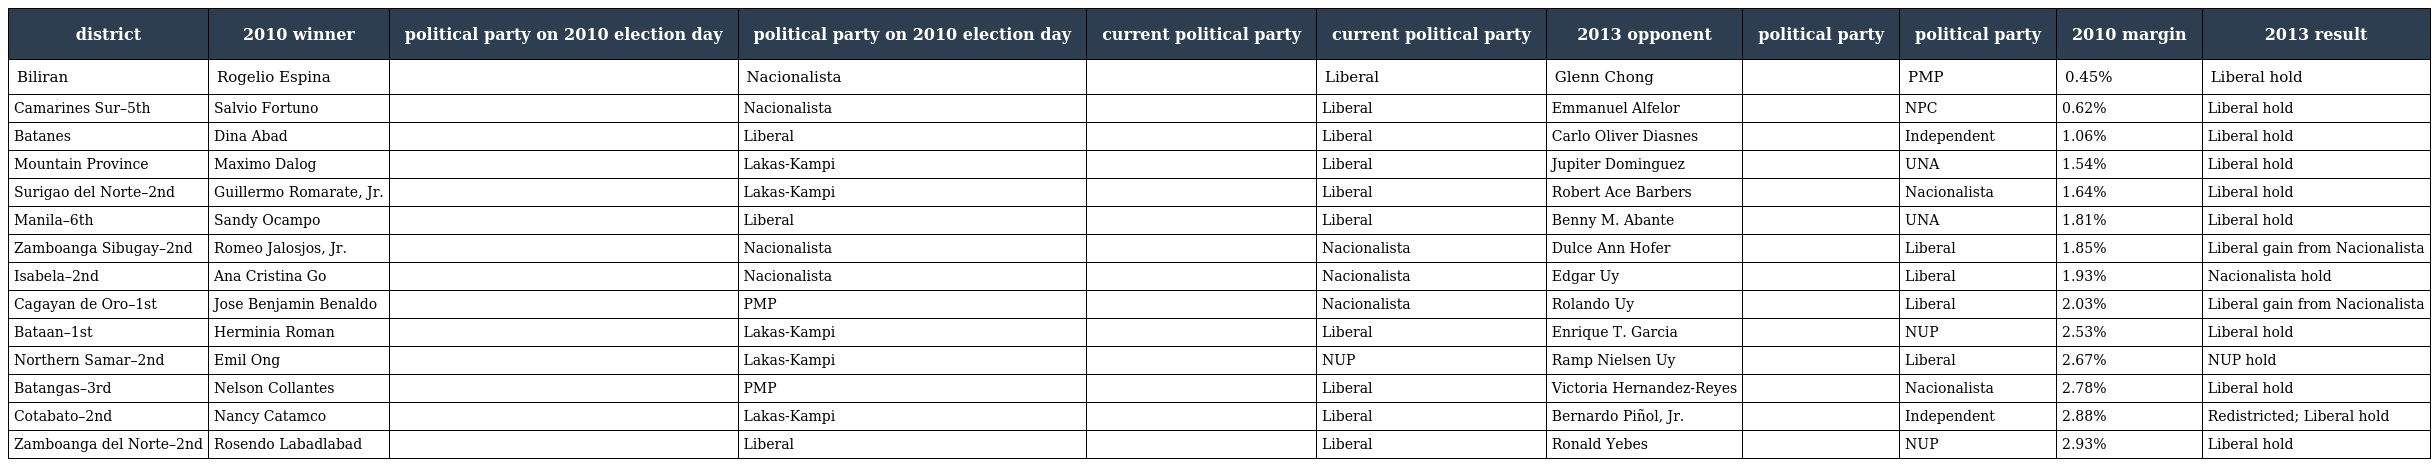
| district | 2010 winner | political party on 2010 election day | political party on 2010 election day | current political party | current political party | 2013 opponent | political party | political party | 2010 margin | 2013 result |
 | --- | --- | --- | --- | --- | --- | --- | --- | --- | --- | --- |
 | Biliran | Rogelio Espina |  | Nacionalista |  | Liberal | Glenn Chong |  | PMP | 0.45% | Liberal hold |
 | Camarines Sur–5th | Salvio Fortuno |  | Nacionalista |  | Liberal | Emmanuel Alfelor |  | NPC | 0.62% | Liberal hold |
 | Batanes | Dina Abad |  | Liberal |  | Liberal | Carlo Oliver Diasnes |  | Independent | 1.06% | Liberal hold |
 | Mountain Province | Maximo Dalog |  | Lakas-Kampi |  | Liberal | Jupiter Dominguez |  | UNA | 1.54% | Liberal hold |
 | Surigao del Norte–2nd | Guillermo Romarate, Jr. |  | Lakas-Kampi |  | Liberal | Robert Ace Barbers |  | Nacionalista | 1.64% | Liberal hold |
 | Manila–6th | Sandy Ocampo |  | Liberal |  | Liberal | Benny M. Abante |  | UNA | 1.81% | Liberal hold |
 | Zamboanga Sibugay–2nd | Romeo Jalosjos, Jr. |  | Nacionalista |  | Nacionalista | Dulce Ann Hofer |  | Liberal | 1.85% | Liberal gain from Nacionalista |
 | Isabela–2nd | Ana Cristina Go |  | Nacionalista |  | Nacionalista | Edgar Uy |  | Liberal | 1.93% | Nacionalista hold |
 | Cagayan de Oro–1st | Jose Benjamin Benaldo |  | PMP |  | Nacionalista | Rolando Uy |  | Liberal | 2.03% | Liberal gain from Nacionalista |
 | Bataan–1st | Herminia Roman |  | Lakas-Kampi |  | Liberal | Enrique T. Garcia |  | NUP | 2.53% | Liberal hold |
 | Northern Samar–2nd | Emil Ong |  | Lakas-Kampi |  | NUP | Ramp Nielsen Uy |  | Liberal | 2.67% | NUP hold |
 | Batangas–3rd | Nelson Collantes |  | PMP |  | Liberal | Victoria Hernandez-Reyes |  | Nacionalista | 2.78% | Liberal hold |
 | Cotabato–2nd | Nancy Catamco |  | Lakas-Kampi |  | Liberal | Bernardo Piñol, Jr. |  | Independent | 2.88% | Redistricted; Liberal hold |
 | Zamboanga del Norte–2nd | Rosendo Labadlabad |  | Liberal |  | Liberal | Ronald Yebes |  | NUP | 2.93% | Liberal hold |